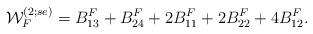
LaTeX: \begin{align*}{\cal W}^{(2;se)}_F=B_{13}^F +B_{24}^F +2B_{11}^F +2B_{22}^F +4B_{12}^F.\end{align*}